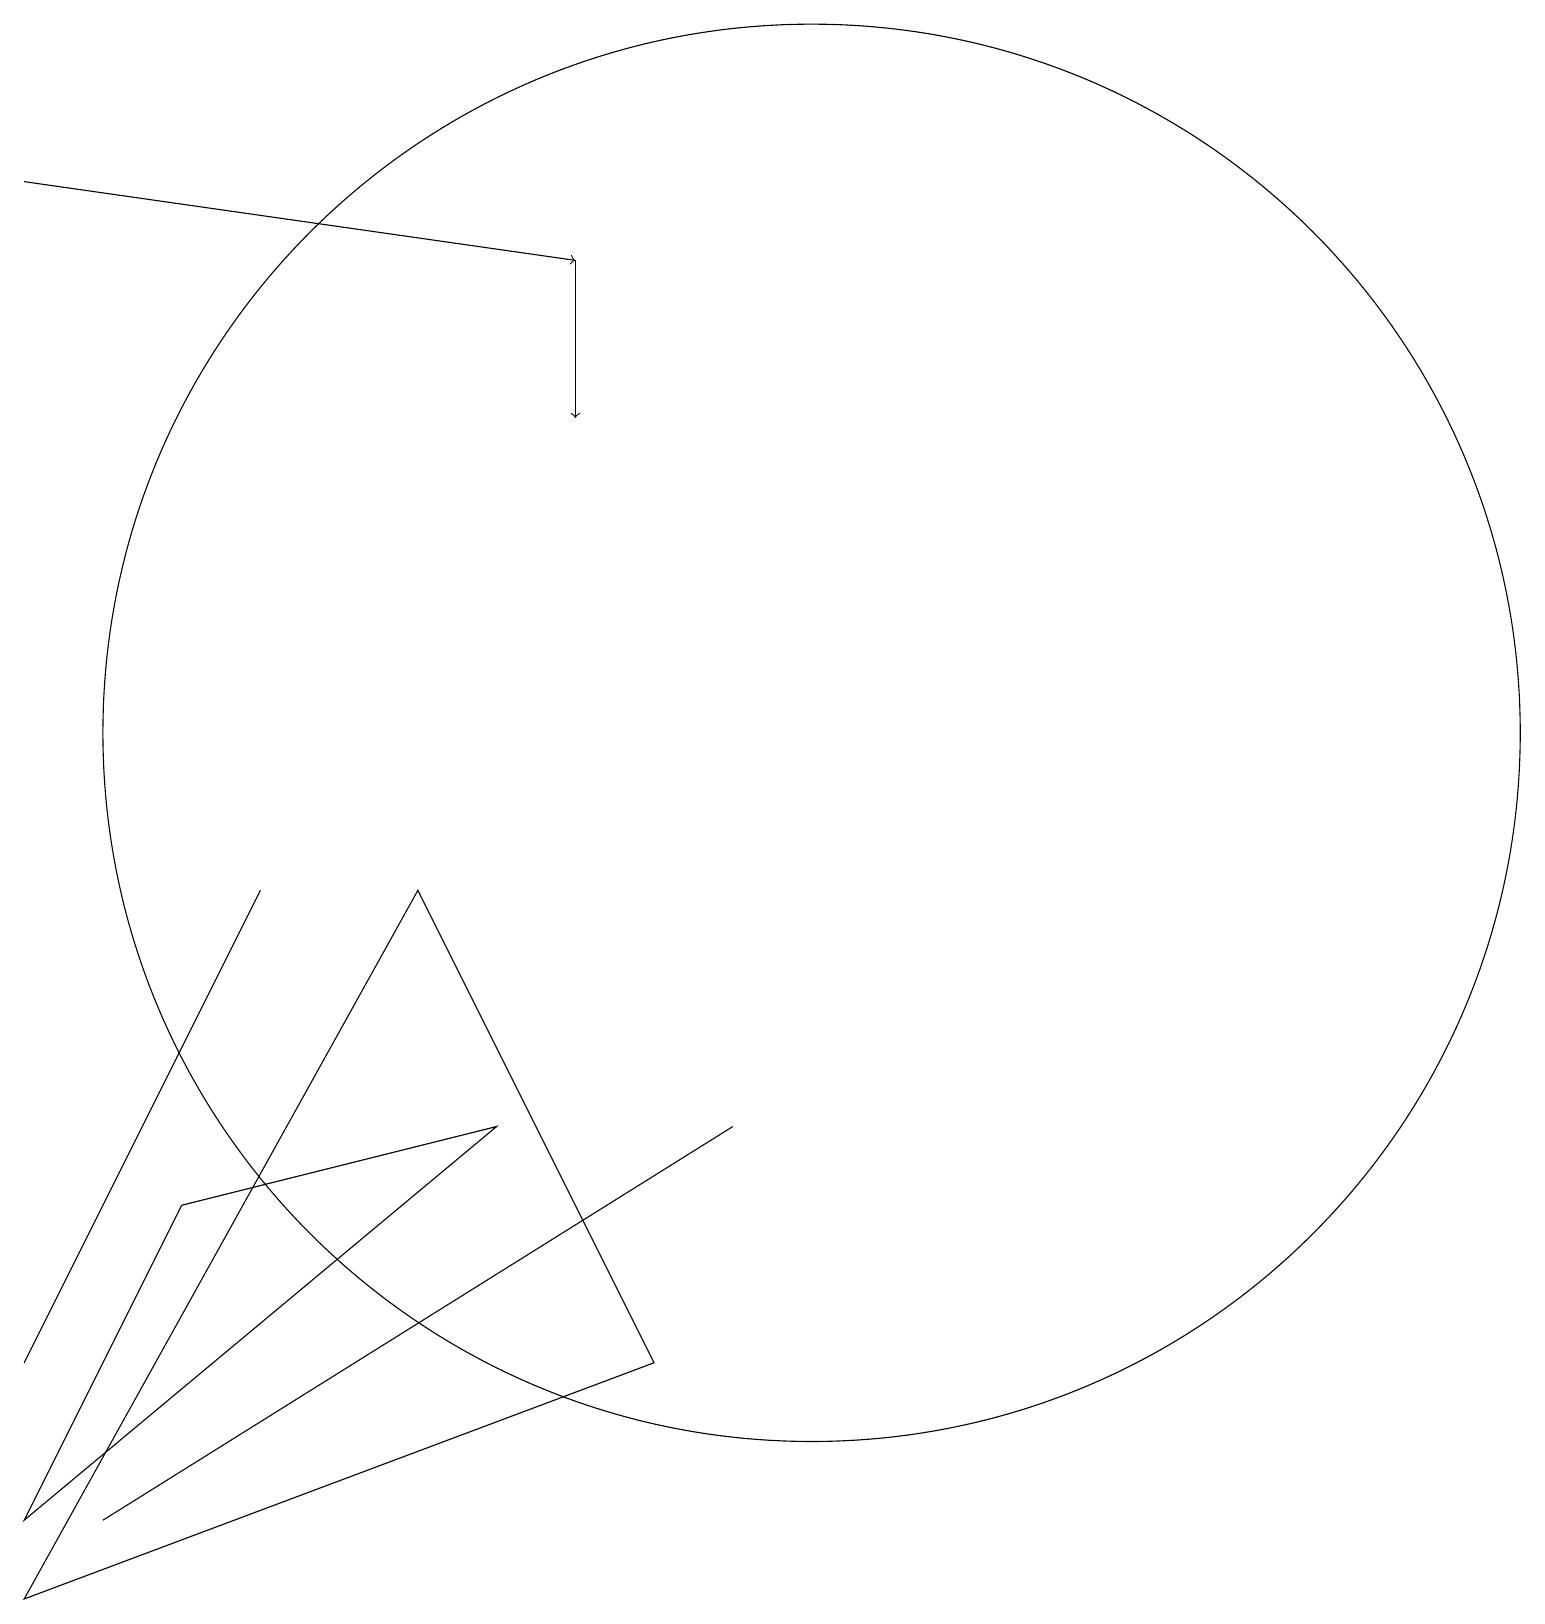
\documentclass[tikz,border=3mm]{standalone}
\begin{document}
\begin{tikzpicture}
\draw (6,6) -- (2,5) -- (0,1) -- cycle;
\draw[->] (7,17) -- (7,15);
\draw (1,5) -- (3,9) -- (0,3) -- cycle;
\draw[->] (0,18) -- (7,17);
\draw (10,11) circle (9);
\draw (1,1) -- (9,6) -- (1,1) -- cycle;
\draw (0,0) -- (8,3) -- (5,9) -- cycle;
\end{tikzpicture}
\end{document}